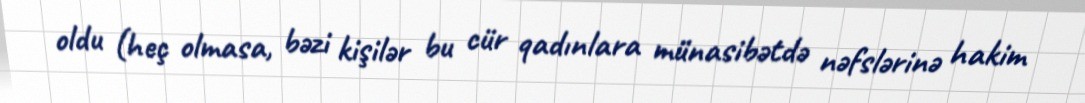
oldu (heç olmasa, bəzi kişilər bu cür qadınlara münasibətdə nəfslərinə hakim